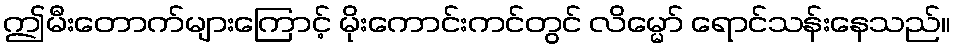
ဤမီးတောက်များကြောင့် မိုးကောင်းကင်တွင် လိမ္မော် ရောင်သန်းနေသည်။